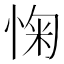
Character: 㥌